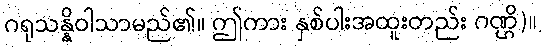
ဂရုသန္နိဝါသာမည်၏။ ဤကား နှစ်ပါးအထူးတည်း ဂဏ္ဌိ)။